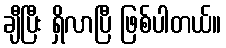
ချီပြီး ရှိလာပြီ ဖြစ်ပါတယ်။